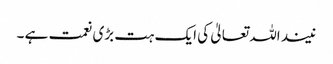
نیند اللہ تعالیٰ کی ایک ہت بڑی نعمت ہے ۔